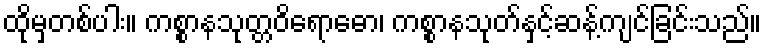
ထိုမှတစ်ပါး။ ကစ္စာနသုတ္တဝိရောဓော၊ ကစ္စာနသုတ်နှင့်ဆန့်ကျင်ခြင်းသည်။